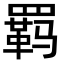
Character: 羁